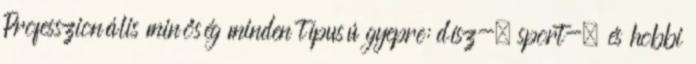
Professzionális minőség minden típusú gyepre: dísz-, sport-, és hobbi